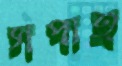
সপাত্